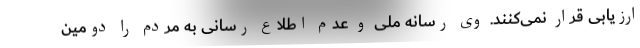
ارزیابی قرار نمی‌کنند. وی رسانه ملی و عدم اطلاع رسانی به مردم را دومین